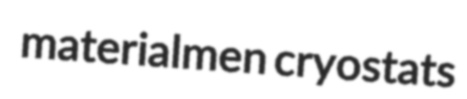
materialmen cryostats